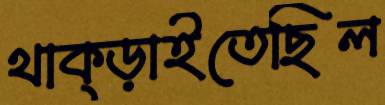
থাক্‌ড়াইতেছিল